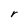
Character: r